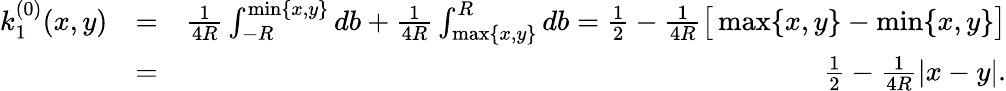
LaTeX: \begin{array}{rlr}{k_{1}^{(0)}(x,y)}&{=}&{\frac{1}{4R}\int_{-R}^{\operatorname*{min}\{ x,y\} }db+\frac{1}{4R}\int_{\operatorname*{max}\{ x,y\} }^{R}db=\frac{1}{2}-\frac{1}{4R}\big[\operatorname*{max}\{ x,y\} -\operatorname*{min}\{ x,y\} \big]}\\ &{=}&{\frac{1}{2}-\frac{1}{4R}|x-y|.}\end{array}